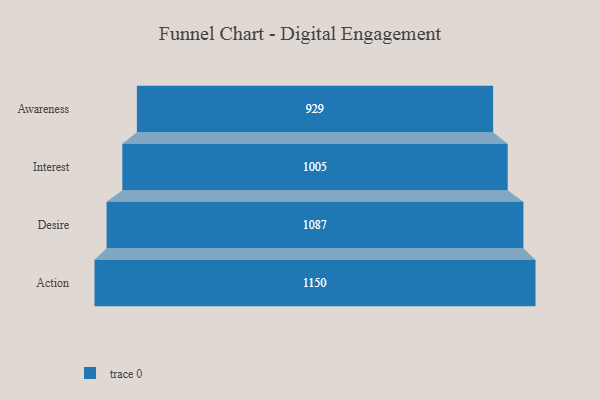
{"axis": {"x": "Stage", "y": "Value"}, "legend": [""], "data": [{"x": "Awareness", "y": 929.0, "type": ""}, {"x": "Interest", "y": 1005.0, "type": ""}, {"x": "Desire", "y": 1087.0, "type": ""}, {"x": "Action", "y": 1150.0, "type": ""}]}